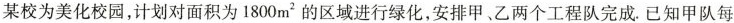
某校为美化校园，计划对面积为1800m^{2} 的区域进行绿化，安排甲、乙两个工程队完成. 已知甲队每